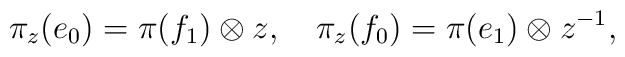
\pi_z(e_0)=\pi(f_1)\otimes z,\quad\pi_z(f_0)=\pi(e_1)\otimes z^{-1},